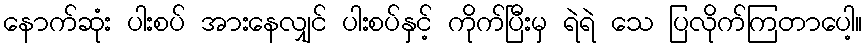
နောက်ဆုံး ပါးစပ် အားနေလျှင် ပါးစပ်နှင့် ကိုက်ပြီးမှ ရဲရဲ သေ ပြလိုက်ကြတာပေါ့။